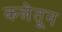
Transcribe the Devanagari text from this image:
कलेतून